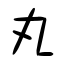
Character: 丸